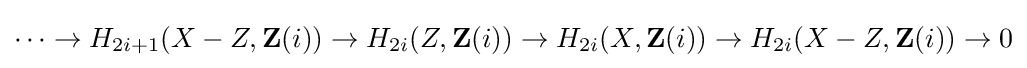
\cdots \rightarrow H_{2i+1}(X-Z,\mathbf {Z} (i))\rightarrow H_{2i}(Z,\mathbf {Z} (i))\rightarrow H_{2i}(X,\mathbf {Z} (i))\rightarrow H_{2i}(X-Z,\mathbf {Z} (i))\rightarrow 0